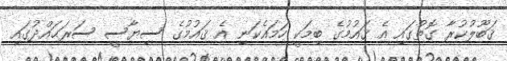
ޤަބޫލުކުރާ ގޮތުގައި އެ ޤައުމުގެ ބިމަކީ ހަމައެކަނި އެ ޤައުމުގެ ސިޔާސީ ސަރަޙައްދުގައި